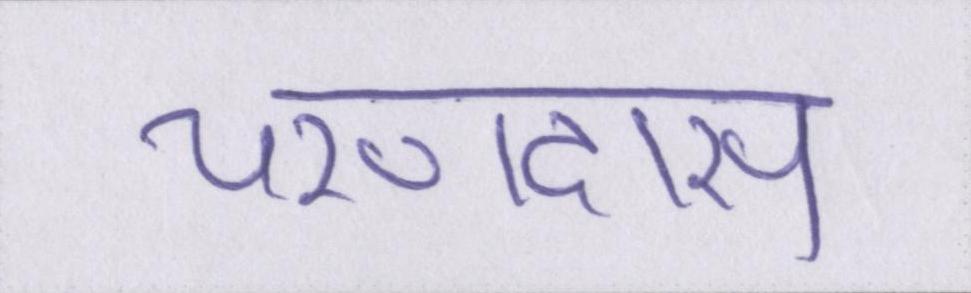
चरणदास